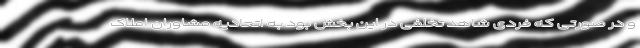
و در صورتی که فردی شاهد تخلفی در این بخش بود به اتحادیه مشاوران املاک